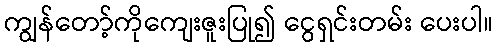
ကျွန်တော့်ကိုကျေးဇူးပြု၍ ငွေရှင်းတမ်း ပေးပါ။